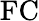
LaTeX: \mathrm{FC}